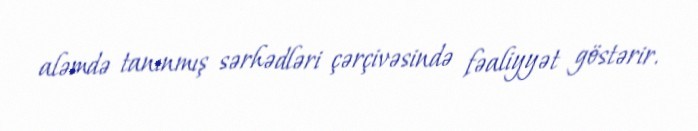
aləmdə tanınmış sərhədləri çərçivəsində fəaliyyət göstərir.